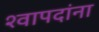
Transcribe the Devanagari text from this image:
श्वापदांना